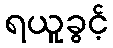
ရယူခွင့်